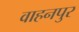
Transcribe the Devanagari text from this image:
वाहनपुर